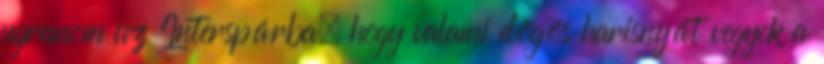
ugranom az Interspárba, hogy valami dögös harisnyát vegyek a